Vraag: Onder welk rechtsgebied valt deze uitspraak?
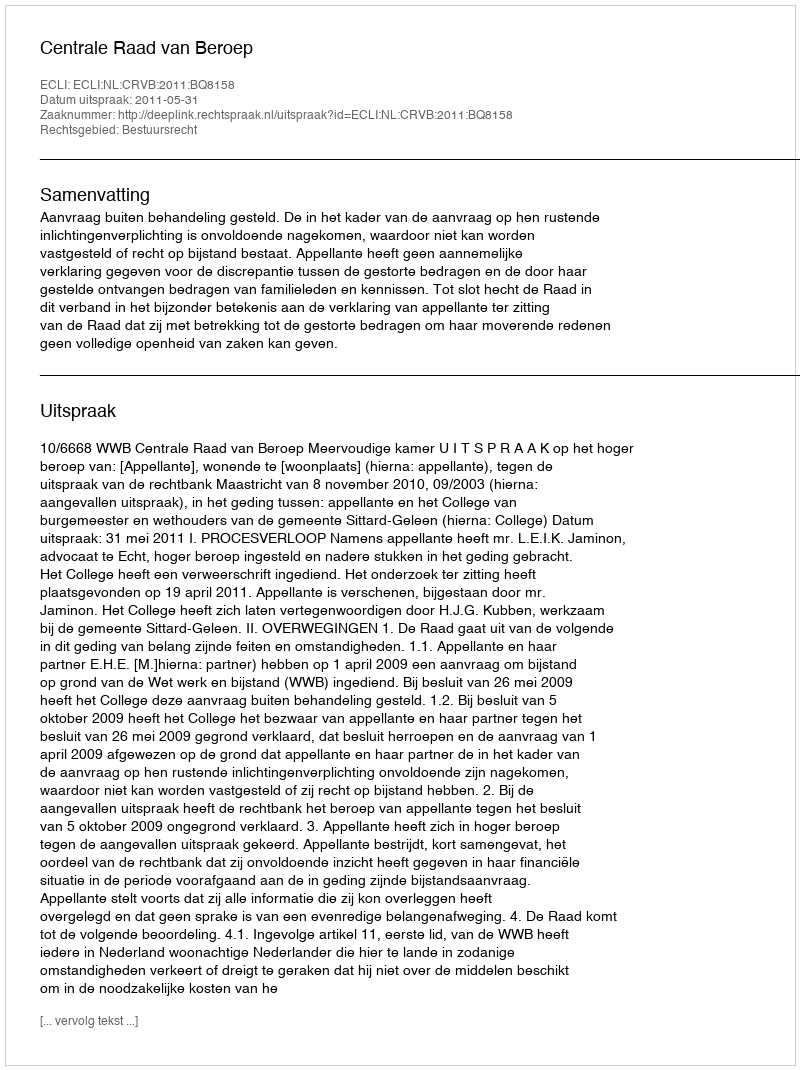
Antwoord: Bestuursrecht